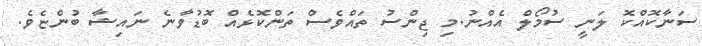
ސަނާކޮއްކޮ ލަނީ ސުމޯލް އެއްނު.މި ޖިންސު ތައްވެސް ތަންކޮޅެއް ބޮޑުވާނެ ނައިޝާ ބުންޏެވެ.